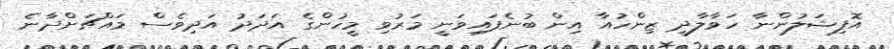
އޮފިޝަލުންނާ ހަވާލާދީ ޒިންހުއާ އިން ބުނެފައިވަނީ މަރުވި މީހުންގެ އަދަދު އަދިވެސް މައްޗަށްދާނެ